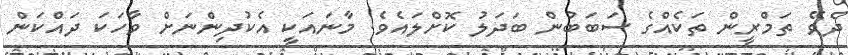
ދެވޭ ތަމްރީން ތަކެއްގެ ސަބަބުން ބަދަލު ކޮށްލައެވެ. މާނައަކީ އެކުދިންނަށް ވާހަކަ ދައްކަން